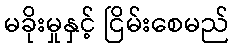
မခိုးမှုနှင့် ငြိမ်းစေမည်